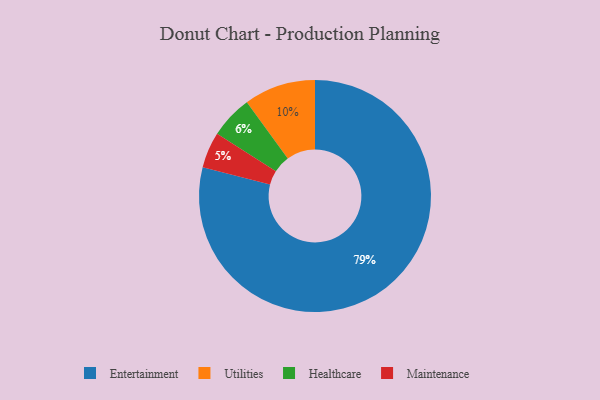
{"axis": {"x": "Category", "y": "Percentage"}, "legend": ["Entertainment", "Healthcare", "Maintenance", "Utilities"], "data": [{"x": "Healthcare", "y": 6, "type": "Healthcare"}, {"x": "Entertainment", "y": 79, "type": "Entertainment"}, {"x": "Utilities", "y": 10, "type": "Utilities"}, {"x": "Maintenance", "y": 5, "type": "Maintenance"}]}